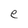
Character: e